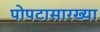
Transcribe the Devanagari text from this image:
पोपटासारख्या